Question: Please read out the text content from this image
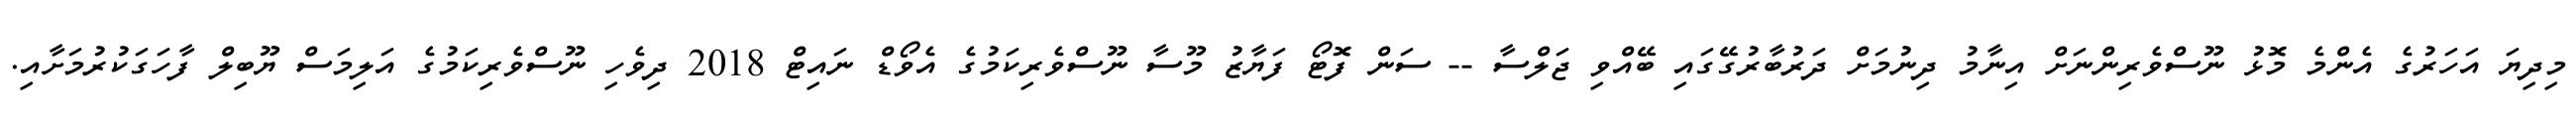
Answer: މިދިޔަ އަހަރުގެ އެންމެ މޮޅު ނޫސްވެރިންނަށް އިނާމު ދިނުމަށް ދަރުބާރުގޭގައި ބޭއްވި ޖަލްސާ -- ސަން ފޮޓޯ ފަޔާޒު މޫސާ ނޫސްވެރިކަމުގެ އެވޯޑް ނައިޓް 2018 ދިވެހި ނޫސްވެރިކަމުގެ އަލިމަސް ޔޫބިލް ފާހަގަކުރުމަށާއި.